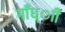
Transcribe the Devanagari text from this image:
गाँध्ाी